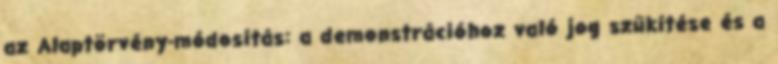
az Alaptörvény-módosítás: a demonstrációhoz való jog szűkítése és a